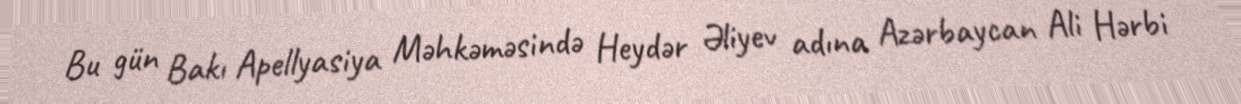
Bu gün Bakı Apellyasiya Məhkəməsində Heydər Əliyev adına Azərbaycan Ali Hərbi